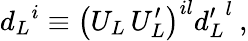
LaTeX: {d_{L}}^{i}\equiv\left(U_{L}\, U_{L}^{\prime}\right)^{il}{d_{L}^{\prime}}^{l}\: ,